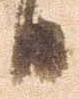
日